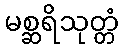
မစ္ဆရိသုတ္တံ